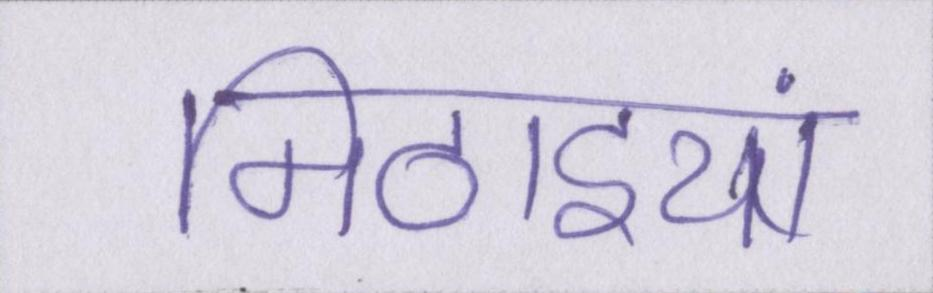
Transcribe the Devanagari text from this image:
मिठाइयां